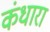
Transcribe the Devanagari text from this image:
कंधारा